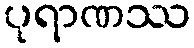
ပုရာဏဿ